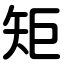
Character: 矩